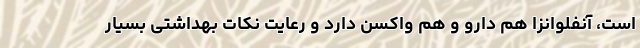
است، آنفلوانزا هم دارو و هم واکسن دارد و رعایت نکات بهداشتی بسیار